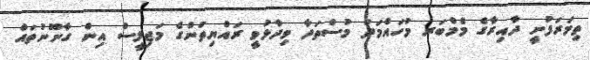
ތިމަރަފުށީ ދާއިރާގެ މެމްބަރ މުހައްމަދު މުސްތަދާ ވިދާޅުވީ ރައްޔިތުންގެ މަޖިލީސް އިން ގާނޫނުތައް